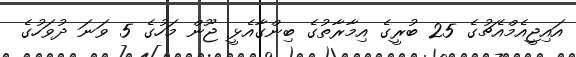
އައިޖީއެމްއެޗުގެ 25 ބުރީގެ އިމާރާތުގެ ބިންގާއެޅީ ޖޫން މަހުގެ 5 ވަނަ ދުވަހުގެ